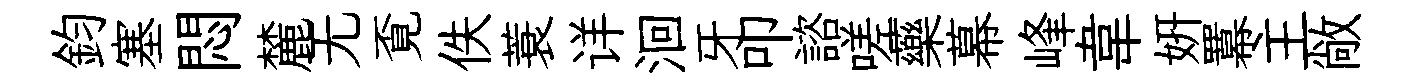
鈞塞悶麓无覔佚蓑详洄牙叩諮嗟藥幕峰韋妍羃主敞